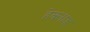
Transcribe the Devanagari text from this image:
हेक्लाङ